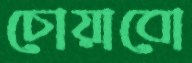
চোয়াবো